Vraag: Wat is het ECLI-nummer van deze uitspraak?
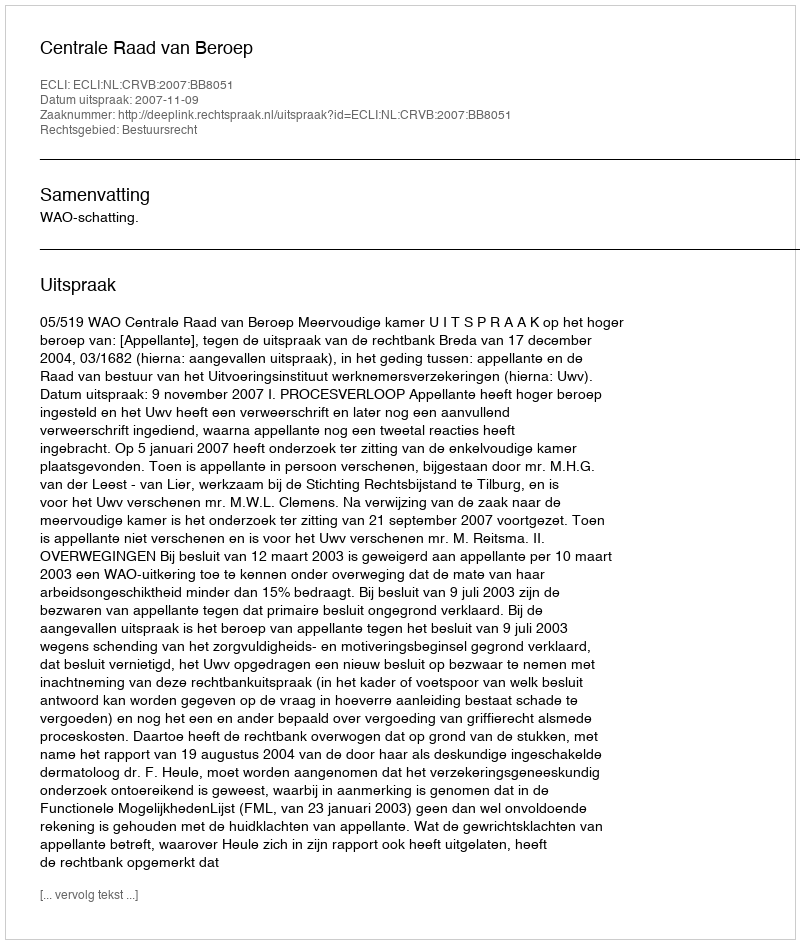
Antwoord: ECLI:NL:CRVB:2007:BB8051